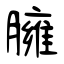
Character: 臃